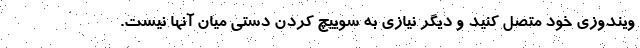
ویندوزی خود متصل کنید و دیگر نیازی به سوییچ کردن دستی میان آنها نیست.